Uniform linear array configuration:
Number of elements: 48
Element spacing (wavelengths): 0.75
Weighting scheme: uniform
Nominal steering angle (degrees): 15
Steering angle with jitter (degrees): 15.261
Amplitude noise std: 0.05
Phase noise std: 0.05

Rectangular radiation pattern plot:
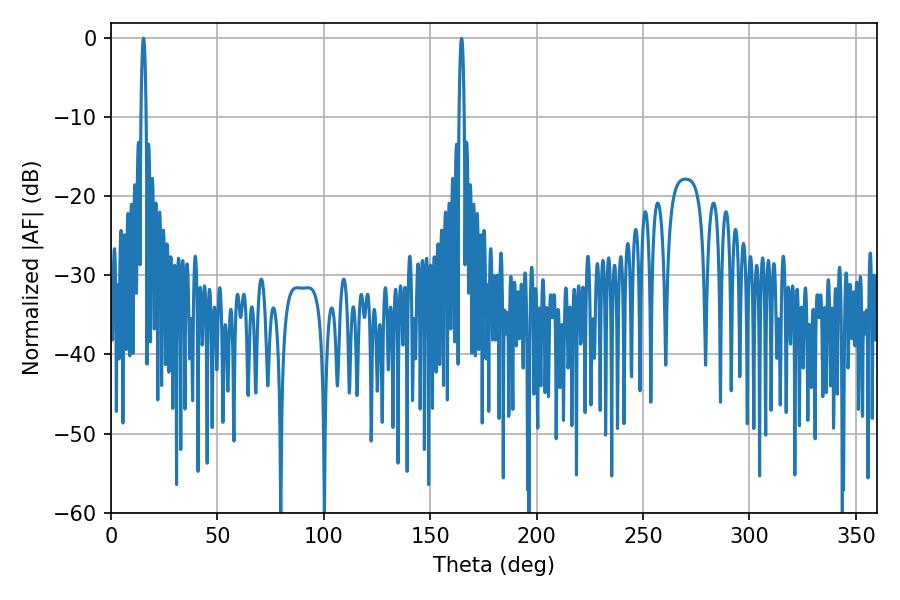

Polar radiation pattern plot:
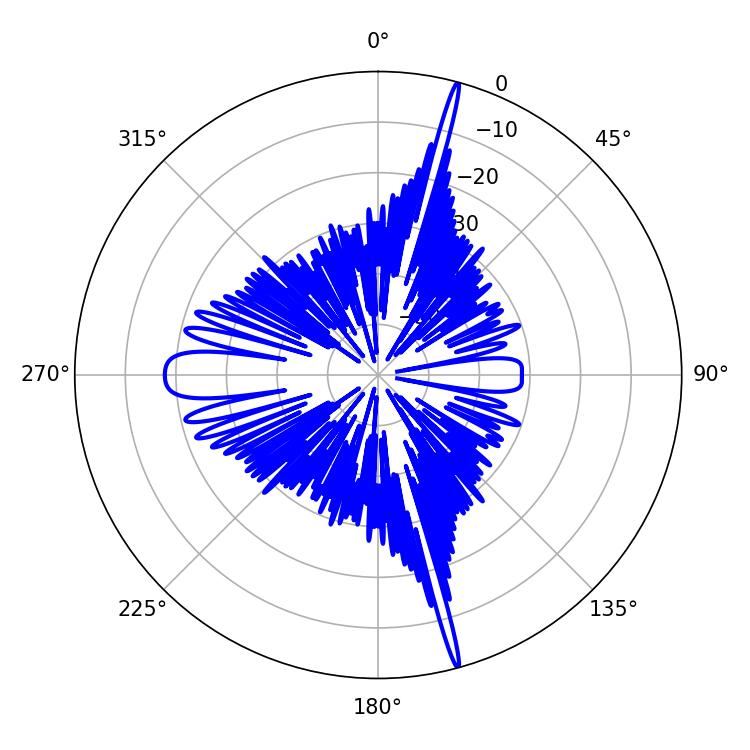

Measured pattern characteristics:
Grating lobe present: TRUE
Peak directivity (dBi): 23.051
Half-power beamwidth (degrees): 1.26
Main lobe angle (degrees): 15.3